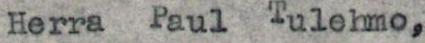
Herra Paul Tulehmo,